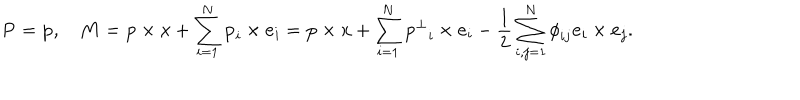
{ \bf P } = { \bf p } , \quad { \bf M } = { \bf p } \times { \bf x } + \sum _ { i = 1 } ^ { N } { \bf p } _ { i } \times { \bf e } _ { i } = { \bf p } \times { \bf x } + \sum _ { i = 1 } ^ { N } { { \bf p } ^ { \bot } } _ { i } \times { \bf e } _ { i } - \frac 1 2 \sum _ { i , j = 1 } ^ { N } { \phi } _ { i j } { \bf e } _ { i } \times { \bf e } _ { j } .